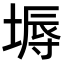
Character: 𡏌